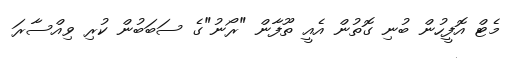
މެޓް އޮފީހުން ބުނި ގޮތުން އެއީ ތޫފާން "ރޯނު"ގެ ސަބަބުން ކުރި ވިއްސާރަ